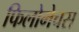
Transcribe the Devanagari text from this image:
फिलोमेचस